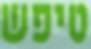
טיפש